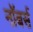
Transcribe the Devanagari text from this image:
नॉबर्स